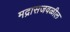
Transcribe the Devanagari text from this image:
मद्रासजवळील